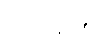
ယင်းမြို့၏